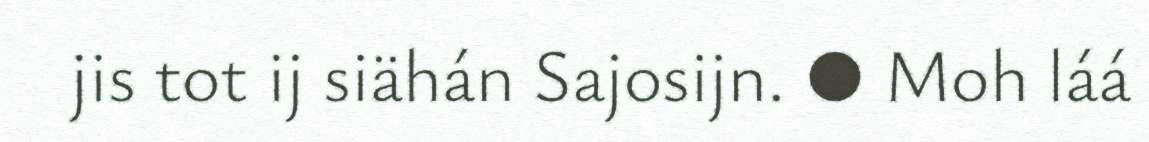
jis tot ij siähán Sajosijn. ● Moh láá